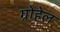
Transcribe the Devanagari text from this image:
ग्रोहेल